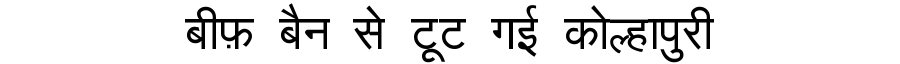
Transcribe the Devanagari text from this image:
बीफ़ बैन से टूट गई कोल्हापुरी